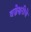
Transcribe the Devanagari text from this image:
वज्रेश्वरीचे